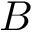
B